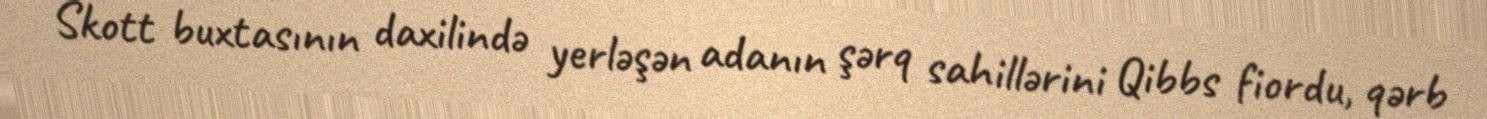
Skott buxtasının daxilində yerləşən adanın şərq sahillərini Qibbs fiordu, qərb